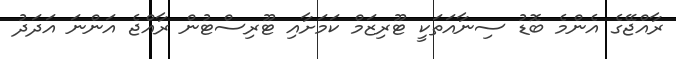
ރާއްޖޭގެ އެންމެ ބޮޑު ސިނާއަތަކީ ޓޫރިޒަމް ކަމަށާއި ޓޫރިސްޓުން ރާއްޖެ އަންނަ އަދަދު